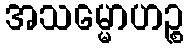
အသမ္မောဟဉ္စ